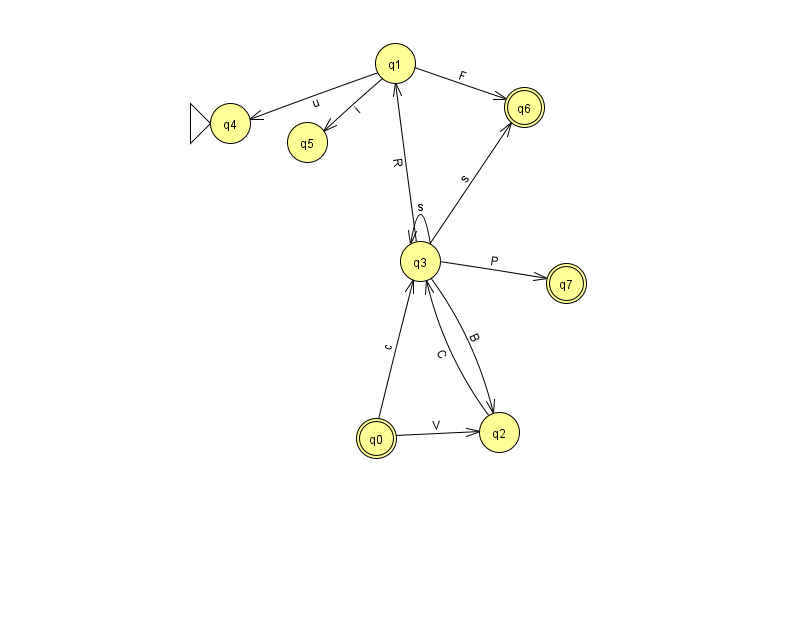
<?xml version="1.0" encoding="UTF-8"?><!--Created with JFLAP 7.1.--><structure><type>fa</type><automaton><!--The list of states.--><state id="0" name="q0"><x>376.0</x><y>425.0</y><final/></state><state id="1" name="q1"><x>395.0</x><y>50.0</y></state><state id="2" name="q2"><x>499.0</x><y>419.0</y></state><state id="3" name="q3"><x>420.0</x><y>248.0</y></state><state id="4" name="q4"><x>230.0</x><y>110.0</y><initial/></state><state id="5" name="q5"><x>307.0</x><y>129.0</y></state><state id="6" name="q6"><x>524.0</x><y>94.0</y><final/></state><state id="7" name="q7"><x>566.0</x><y>270.0</y><final/></state><!--The list of transitions.--><transition><from>3</from><to>7</to><read>P</read></transition><transition><from>1</from><to>6</to><read>F</read></transition><transition><from>3</from><to>3</to><read>s</read></transition><transition><from>0</from><to>2</to><read>V</read></transition><transition><from>1</from><to>4</to><read>u</read></transition><transition><from>0</from><to>3</to><read>c</read></transition><transition><from>1</from><to>5</to><read>i</read></transition><transition><from>3</from><to>6</to><read>s</read></transition><transition><from>2</from><to>3</to><read>C</read></transition><transition><from>3</from><to>2</to><read>B</read></transition><transition><from>3</from><to>1</to><read>R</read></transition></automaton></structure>